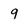
Character: 9